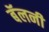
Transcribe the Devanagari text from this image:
बॅलनी